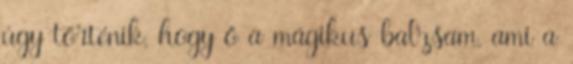
úgy történik, hogy ő a mágikus balzsam, ami a